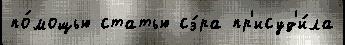
по́мощью статью сэ́ра пр'исуд'и́ла